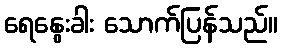
ရေနွေးခါး သောက်ပြန်သည်။